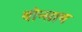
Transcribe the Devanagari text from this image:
बोन्साय